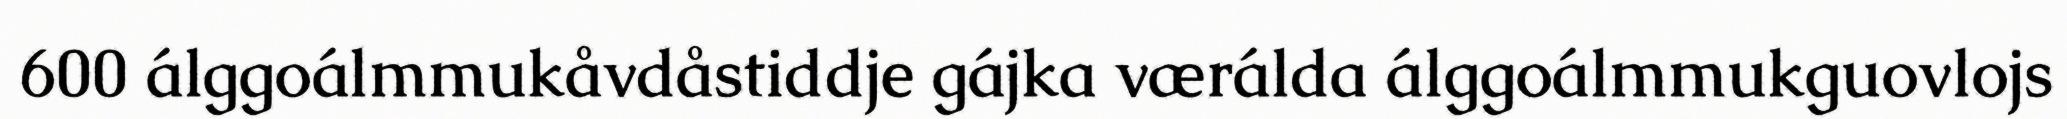
600 álggoálmmukåvdåstiddje gájka værálda álggoálmmukguovlojs